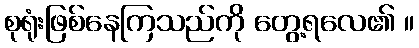
စုရုံးဖြစ်နေကြသည်ကို တွေ့ရလေ၏ ။